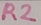
Text: R2